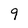
Character: 9